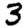
Digit: 3